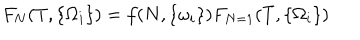
LaTeX: F _ { N } ( T , \{ \Omega _ { i } \} ) = f ( N , \{ \omega _ { i } \} ) F _ { N = 1 } ( T , \{ \Omega _ { i } \} )